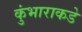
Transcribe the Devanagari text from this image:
कुंभाराकडे